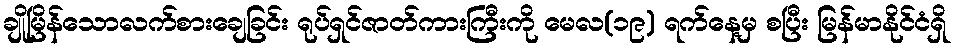
ချိုမြိန်သောလက်စားချေခြင်း ရုပ်ရှင်ဇာတ်ကားကြီးကို မေလ(၁၉) ရက်နေ့မှ စပြီး မြန်မာနိုင်ငံရှိ